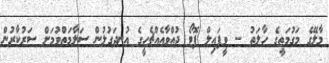
މާލޭގެ މަގުމަތީގެ ހާލަތު -- ވީފައިލް ފޮޓޯ ދުއްވާއެއްޗެހީގެ އުނދަގުލުން ސަލާމަތްވުމަށް ސަރުކާރުން